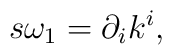
s\omega _{1}=\partial _{i}k^{i},